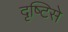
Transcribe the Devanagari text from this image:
दृष्‍टिसे